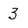
Character: 3